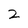
Character: 2